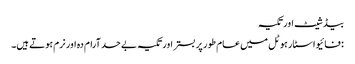
بیڈ شیٹ اور تکیہ
: فائیو اسٹار ہوٹل میں عام طور پر بستر اور تکیہ بے حد آرام دہ اور نرم ہوتے ہیں۔